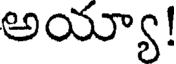
అయ్యా!